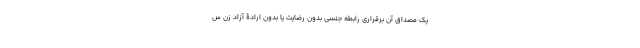
یک مصداق آن برقراری رابطه جنسی بدون رضایت یا بدون ارادۀ آزاد زن س